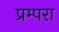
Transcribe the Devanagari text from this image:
प्रम्परा